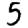
Digit: 5